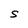
Character: S